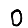
Digit: 0